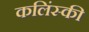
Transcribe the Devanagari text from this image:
कलिंस्की